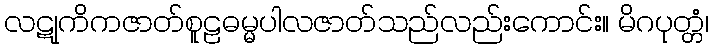
လဋုကိကဇာတ်စူဠဓမ္မပါလဇာတ်သည်လည်းကောင်း။ မိဂပုတ္တံ၊